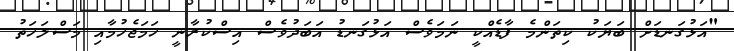
"އަޅުގަނޑަށް ބަޔަކު ކިތަންމެ ފާޑެއްކީ ނަމަވެސް އަޅުގަނޑު އަބަދުވެސް އިސްކުރާނީ ހަމަޖެހުމާއި މަސްލަހަތު.